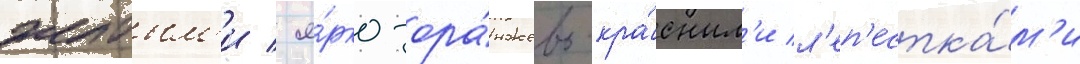
желтым'и / я́рко-ора́нжево-кра́сным'и л'еп'естка́м'и